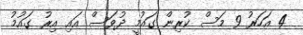
4 އަހަރު 9 މަސް ކުރިން ގައުމީ ދުވަސް އައި އިރު ގައުމު